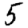
Digit: 5